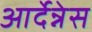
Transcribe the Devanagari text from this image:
आर्देन्नेस